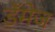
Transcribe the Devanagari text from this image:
डॅमेज